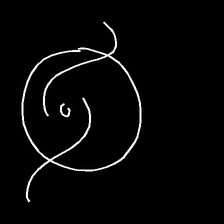
Glyph: repetition